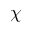
\chi